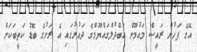
އޭގެ ފަހުން ރައީސް މައުމޫން އަބްދުލްގައްޔޫމްގެ ދައުރުގައި އެ ރަށުގެ ބޮޑު ކަތީބަކަށް